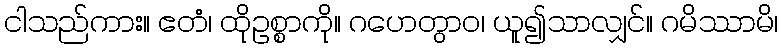
ငါသည်ကား။ ဧတံ၊ ထိုဥစ္စာကို။ ဂဟေတွာဝ၊ ယူ၍သာလျှင်။ ဂမိဿာမိ၊